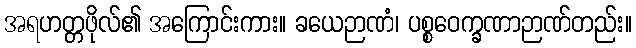
အရဟတ္တဖိုလ်၏ အကြောင်းကား။ ခယေဉာဏံ၊ ပစ္စဝေက္ခဏာဉာဏ်တည်း။